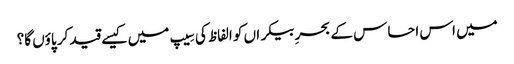
میں اس احساس کے بحرِ بیکراں کو الفاظ کی سِیپ میں کیسے قید کر پاؤں گا؟